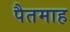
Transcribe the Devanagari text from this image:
पैतमाह